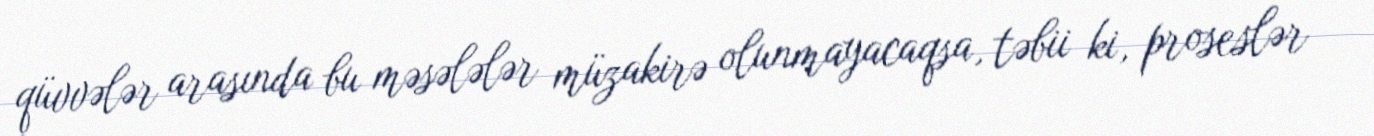
qüvvələr arasında bu məsələlər müzakirə olunmayacaqsa, təbii ki, proseslər